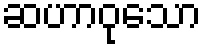
ဆဟာဝုသော